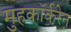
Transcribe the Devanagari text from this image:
मुहकॉर्करेन